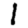
Digit: 1